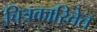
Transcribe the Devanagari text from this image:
चित्रकारितेत